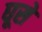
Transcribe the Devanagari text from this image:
घूसे